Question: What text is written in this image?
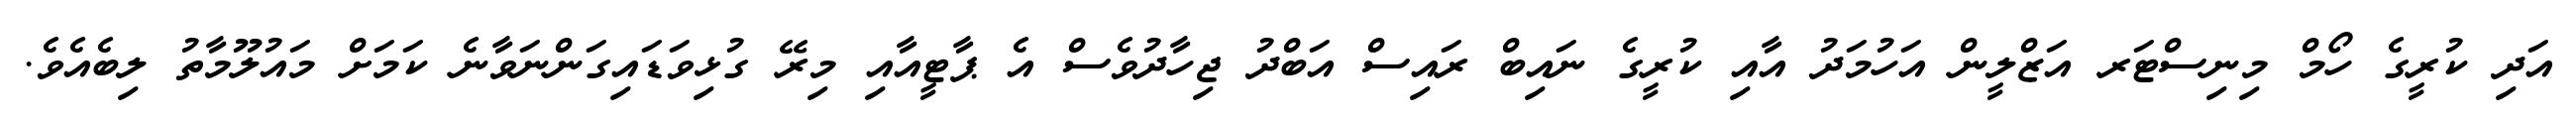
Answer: އަދި ކުރީގެ ހޯމް މިނިސްޓަރ އަޒްލީން އަހުމަދު އާއި ކުރީގެ ނައިބް ރައިސް އަބްދު ޖިހާދުވެސް އެ ޕާޓީއާއި މިރޭ ގުޅިވަޑައިގަންނަވާނެ ކަމަށް މައުލޫމާތު ލިބެއެވެ.